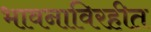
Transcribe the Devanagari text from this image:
भावनाविरहीत